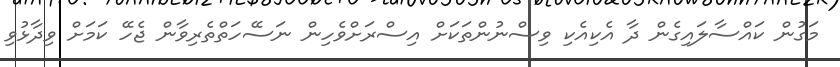
މަގުން ކައްސާލައިގެން ދާ އެކިއެކި ވިސްނުންތަކަށް އިސްރަށްވެހިން ނަސޭހަތްތެރިވާން ޖެހޭ ކަމަށް ވިދާޅުވި